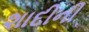
શાદીની